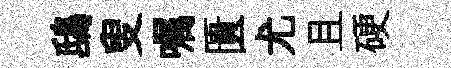
鴟叟嘱匱尤且硬